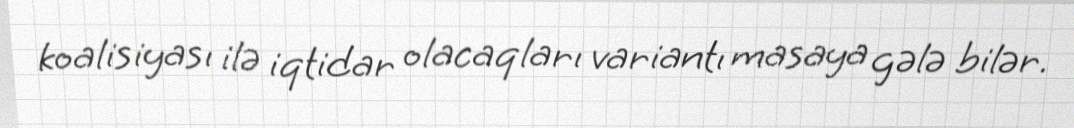
koalisiyası ilə iqtidar olacaqları variantı masaya gələ bilər.